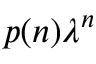
p ( n ) \lambda ^ { n }